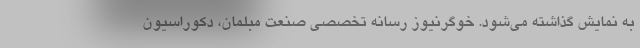
به نمایش گذاشته می‌شود. خوگرنیوز رسانه تخصصی صنعت مبلمان، دکوراسیون